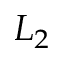
L _ { 2 }